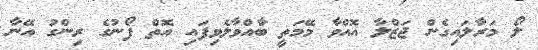
ލޯ މަރާލައިގެން ޖަޒްލާ އޮއްވާ މޭމަތީ ބާއްވާލެވިފައި އޮތް ފޯނުގެ ރިންގު އޭނާ